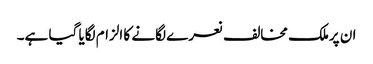
ان پرملک مخالف نعرے لگانے کا الزام لگایا گیا ہے۔